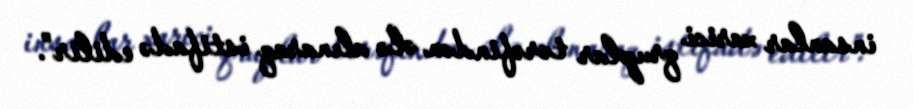
insanlar xarici qruplar tərəfindən ələ alınaraq istifadə edilir”.